Papers set at the Examination for Leaving Certificates, 1890
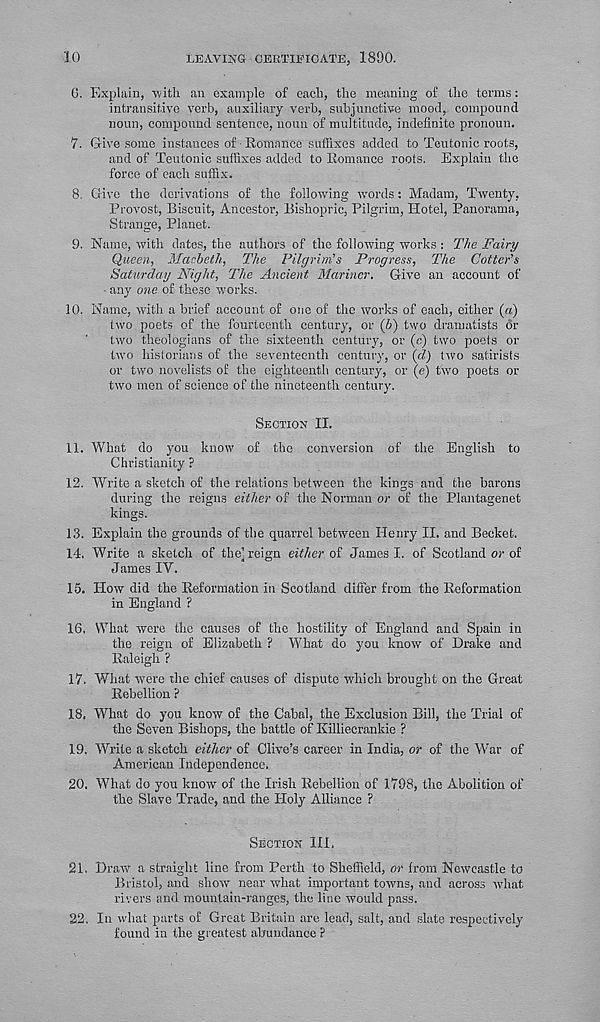
10
LEAVING CERTIFICATE, 18!)0.
0. Explain, with an example of each, the meaning of the terms:
intransitive verb, auxiliary verb, subjunctive mood, compound
noun, compound sentence, noun of multitude, indefinite pronoun.
7. Give some instances of Romance suffixes added to Teutonic roots,
and of Teutonic suffixes added to Romance roots. Explain the
force of each suffix.
8. Give the derivations of the following words: Madam, Twenty,
Provost, Biscuit, Ancestor, Bishopric, Pilgrim, Hotel, Panorama,
Strange, Planet.
9. Name, with dates, the authors of the following works : The Fairy
Queen, Macbeth, The Pilgrim’s Progress, The Cotter’s
Saturday Night, The Ancient Mariner. Give an account of
any one of these works.
10. Name, with a brief account of one of the works of each, either (a)
two poets of the fourteenth century, or (b) two dramatists dr
two theologians of the sixteenth century, or (c) two poets or
two historians of the seventeenth century, or (d) two satirists
or two novelists of the eighteenth century, or (e) two poets or
two men of science of the nineteenth century.
SECTION II.
11. What do you know of the conversion of the English to
Christianity ?
12. Write a sketch of the relations between the kings and the barons
during the reigns either of the Norman or of the Plantagenet
kings.
13. Explain the grounds of the quarrel between Henry II. and Becket.
14. Write a sketch of the’ reign either of James I. of Scotland or of
James IY.
15. Plow did the Reformation in Scotland differ from the Reformation
in England ?
16. What were the causes of the hostility of England and Spain in
the reign of Elizabeth ? What do you know of Drake and
Raleigh ?
17. What were the chief causes of dispute which brought on the Great
Rebellion ?
18. What do you know of the Cabal, the Exclusion Bill, the Trial of
the Seven Bishops, the battle of Killiecrankie ?
19. Write a sketch either of Clive’s career in India, or of the War of
American Independence.
20. What do you know of the Irish Rebellion of 1798, the Abolition of
the Slave Trade, and the Holy Alliance ?
SECTION HI,
21. Draw a straight line from Perth to Sheffield, or from Newcastle to
Bristol, and show near what important towns, and across what
rivers and mountain-ranges, the line would pass.
22, Ih what parts of Great Britain are lead, salt, and slate respectively
found in the greatest abundance ?